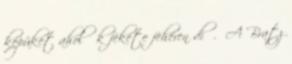
képüket ahol ők fekete fehéren dí . A Bratz